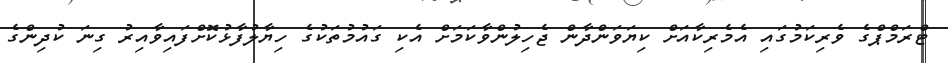
ޓްރަމްޕްގެ ވެރިކަމުގައި އެމެރިކާއަށް ކިޔަވަންދާން ޖެހިލުންވާކަމަށް އެކި ގައުމުތަކުގެ ހިޔާލުފާޅުކޮށްފައިވާއިރު ގިނަ ކުދިންގެ